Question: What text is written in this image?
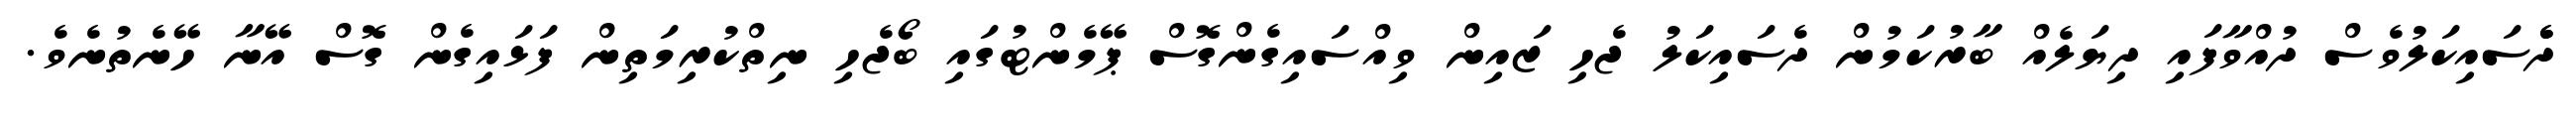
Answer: ދެެސައިކަލުވެސް ދުއްވާފައި ދިޔަލެއް ބާރުކަމުން ދެސައިކަލު ޖެހި ޒައިން ވިއްސައިގެންގޮސް ޕޭމެންޓުގައި ބޯޖެހި ނިތްކުރިމަތިން ފަޅައިގެން ގޮސް އޭނާ ހޭނެތުނެވެ.